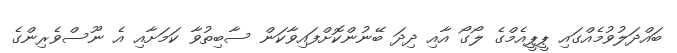
ބައްދަލުވުމެއްގައި ޕީޕީއެމްގެ ލޯގޯ އާއި ދިދަ ބޭނުންކޮށްފައިވާކަން ސާބިތުވާ ކަމަށާއި އެ ނޫސްވެރިންގެ